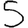
Digit: 5